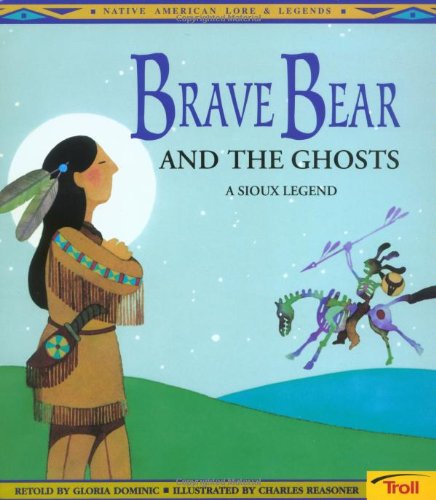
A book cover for Brave Bear and the Ghosts: A Sioux Legend (Native American Legends); Gloria Dominic; Children's Books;